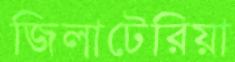
জিলাটেরিয়া